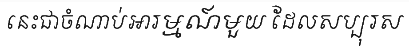
នេះជាចំណាប់អារម្មណ៍មួយ ដែលសប្បុរស